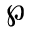
\wp